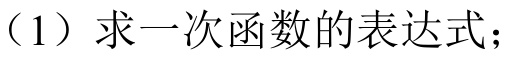
（1）求一次函数的表达式；